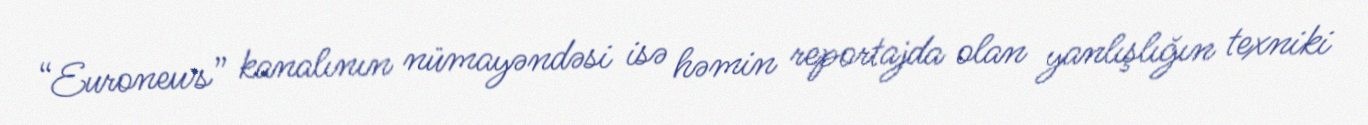
“Euronews” kanalının nümayəndəsi isə həmin reportajda olan yanlışlığın texniki